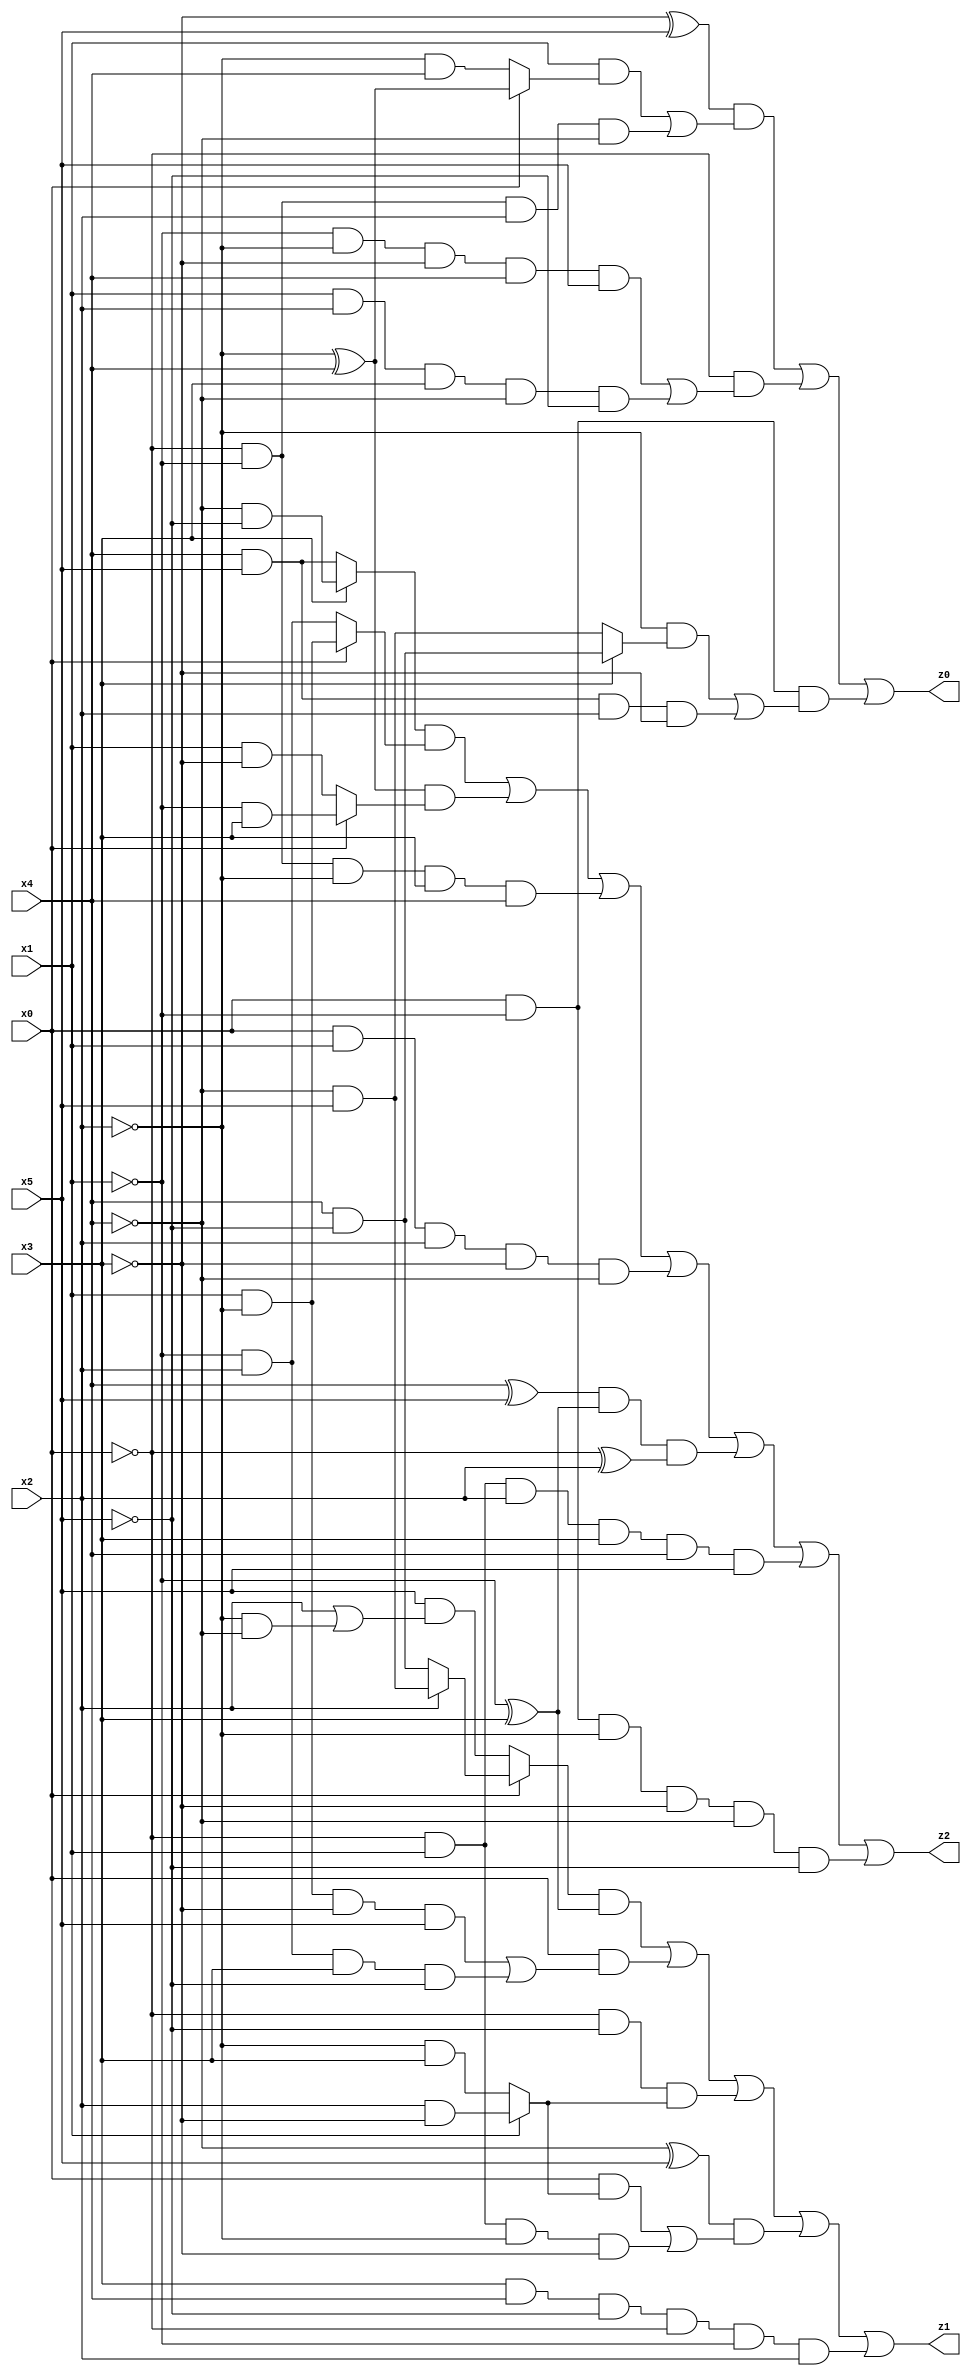
// Benchmark "q_9" written by ABC on Tue Jul 11 01:36:57 2023

module q_9 ( 
    x0, x1, x2, x3, x4, x5,
    z0, z1, z2  );
  input  x0, x1, x2, x3, x4, x5;
  output z0, z1, z2;
  assign z0 = ((~x3 ^ x5) & ((x1 & (x0 ? (~x2 ^ x4) : (~x2 & x4))) | (~x0 & ~x1 & x2 & ~x4))) | (~x0 & ((~x1 & ~x2 & ~x3 & x4 & x5) | (x1 & x2 & x3 & ~x4 & ~x5))) | (x0 & ~x1 & ((~x2 & (x3 ? (x4 & ~x5) : (~x4 & x5))) | (x4 & x5 & x2 & ~x3)));
  assign z1 = ((x0 ? (x2 ? (~x4 & x5) : (x4 & ~x5)) : (x5 & (x2 | (~x2 & ~x4)))) & (~x1 ^ x3)) | (x0 & ((x1 & ~x2 & ~x3 & x5) | (~x1 & x2 & x3 & ~x5))) | (~x0 & ~x5 & (x1 ? (x2 & ~x3) : (~x2 & x3))) | ((~x4 ^ x5) & ((x0 & (x1 ? (x2 & ~x3) : (~x2 & x3))) | (~x0 & x1 & ~x2 & ~x3))) | (x3 & x4 & ~x5 & ~x0 & ~x1 & x2);
  assign z2 = ((x3 ? (~x4 & ~x5) : (x4 & x5)) & (x0 ? (x1 & ~x2) : (~x1 & x2))) | ((~x2 ^ x4) & (x0 ? (~x1 & x3) : (x1 & ~x3))) | (~x0 & ~x1 & ~x2 & x3 & x4) | (x0 & x1 & x2 & ~x3 & ~x4) | ((x4 ^ x5) & (~x1 ^ x3) & (~x0 ^ x2)) | (~x0 & x1 & x2 & x3 & x4 & x5) | (x0 & ~x1 & ~x2 & ~x3 & ~x4 & ~x5);
endmodule